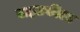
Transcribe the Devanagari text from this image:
वाइटफील्ड